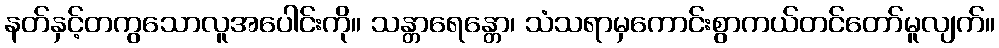
နတ်နှင့်တကွသောလူအပေါင်းကို။ သန္တာရေန္တော၊ သံသရာမှကောင်းစွာကယ်တင်တော်မူလျက်။